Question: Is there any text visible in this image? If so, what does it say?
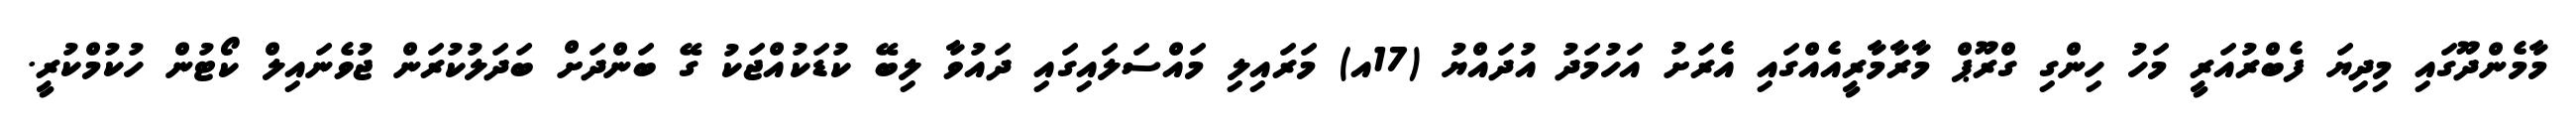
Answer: މާމެންދޫގައި މިދިޔަ ފެބްރުއަރީ މަހު ހިންގި ގްރޫޕް މާރާމާރީއެއްގައި އެރަށު އަހުމަދު އުދައްޔު (17އ) މަރައިލި މައްސަލައިގައި ދައުވާ ލިބޭ ކުޑަކުއްޖަކު ގޭ ބަންދަށް ބަދަލުކުރަން ޖުވެނައިލް ކޯޓުން ހުކުމްކުރީ.